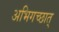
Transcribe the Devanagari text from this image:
अभिगच्छात्